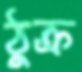
ঠুক্‌র